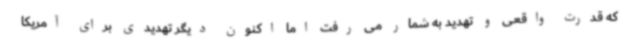
که قدرت واقعی و تهدید به شمار می رفت اما اکنون دیگر تهدیدی برای آمریکا